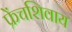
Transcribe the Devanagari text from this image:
फ्रेंचशिवाय